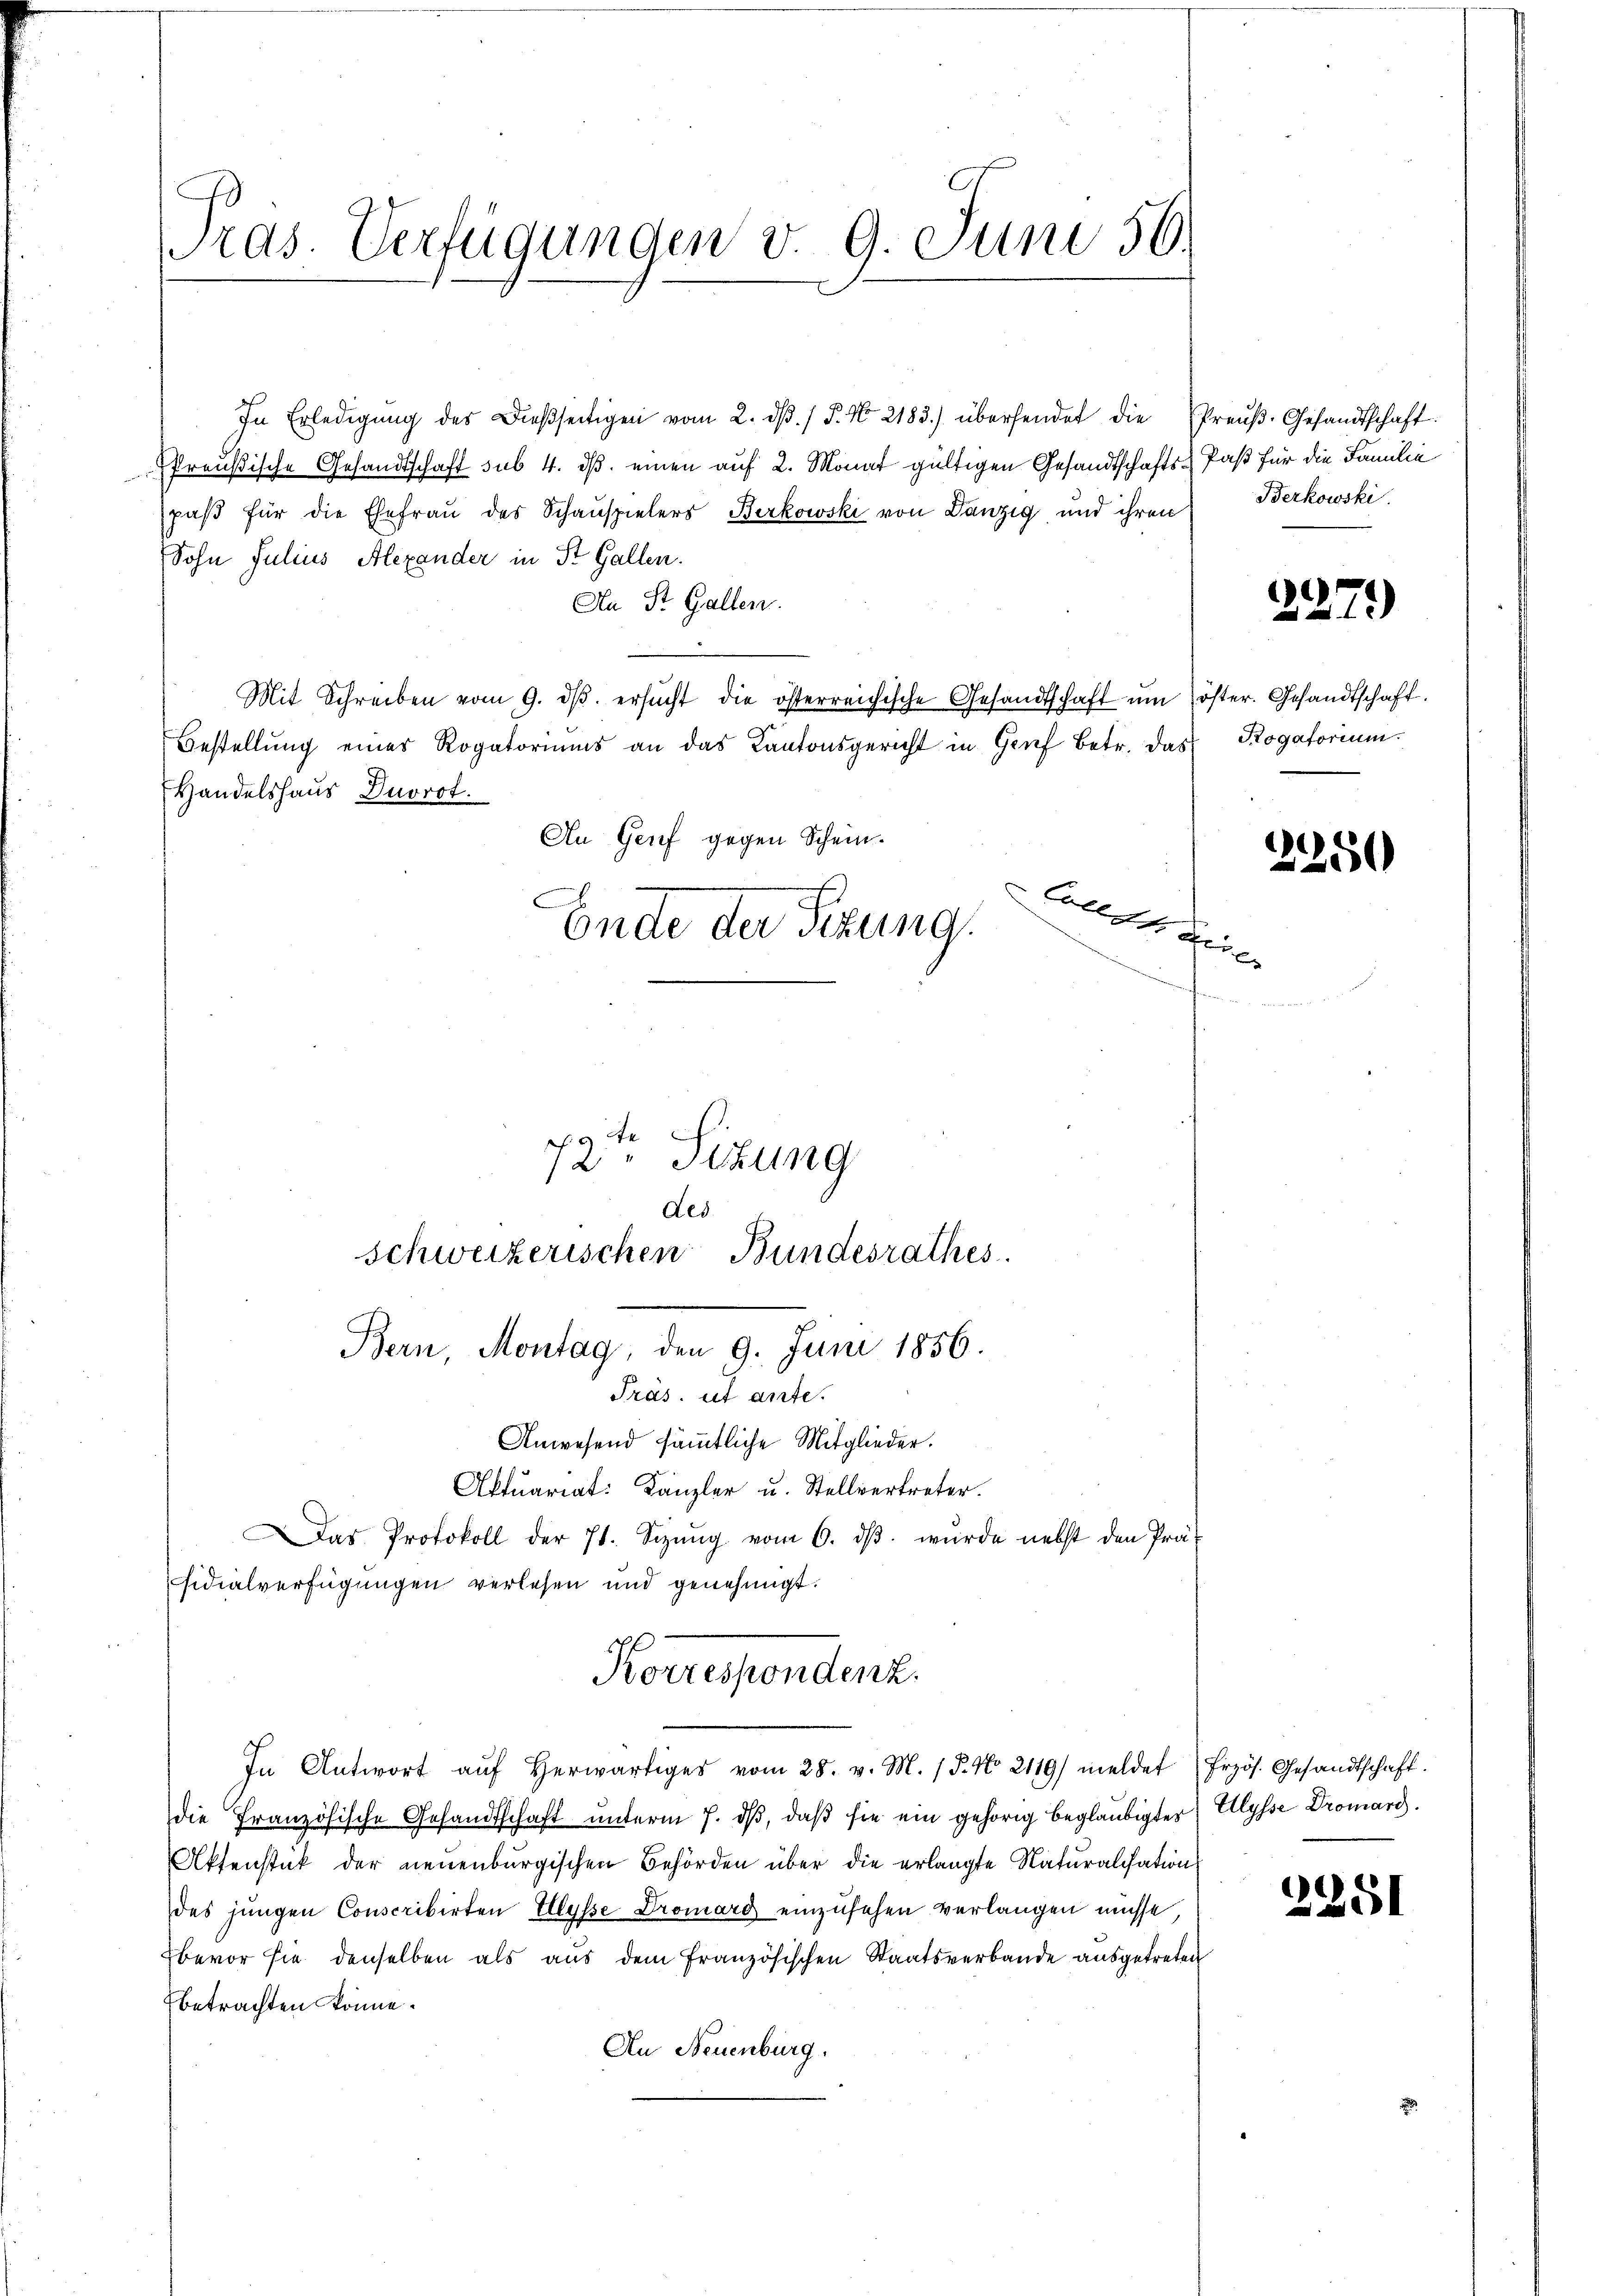
Pras. Verfügungen v. 9. Juni 56.

In Erledigŭng des dießseitigen vom 2. dβ. / 5. No 2183) übersendet die Preŭβ-Gesandtschaft
Preußische Gesandtschaft sub. 4. dβ einen auf 2. Monat gültigen Gesandtschafts-Paß für die Familie
paβ für die Ehefraŭ des Schauspielers Berkowski von Danzig und ihren
Sohn Julius Alexander in St. Gallen.
An St. Gallen.
Mit Schreiben vom 9. dβ. ersŭcht die österreichische Gesandtschaft um öster. Gesandtschaft.
Bestellung eines Rogatoriums an das Kantonsgericht in Genf betr. das
Handelshaus Dorot.
An Genf gegen Schein.
Afin
Ende der Sizung,

5 x
9 te
12. Sitzung
des
schweizerischen Bundesrathes.
Bern, Montag, den 9. Juni 1856.

Präs. ut ante.
Anwesend sämmtliche Mitglieder.

Korrespondenz.
In Antwort aŭf herwärtiges vom 28. v. M. / 5. No 2119) meldet

Aktuariat: Kanzler u. Stellvertreter.
Das Protokoll der 71. Sizŭng vom 6. dβ. würde nebst den Prä-
sidialverfügungen verlesen und genehmigt.
die Französische Gesandtschaft unterm 7. dβ, daß sie ein gehörig beglaubigtes
Aktenstück der neuenburgischen Behörden über die erlangte Naturalisation
des jungen Conscribirten Ulysse Dromárg einzusehen verlangen müsse
bevor sie denselben als aŭs dem französischen Staatsverbande aŭsgetreten
betrachten könne.
An Neuenburg.

Berkowski.

2279)

Pogatorium.

2250

Erzös. Gesandtschaft.
Ulysse Dromard.

2251